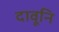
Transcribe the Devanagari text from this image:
दावूनि